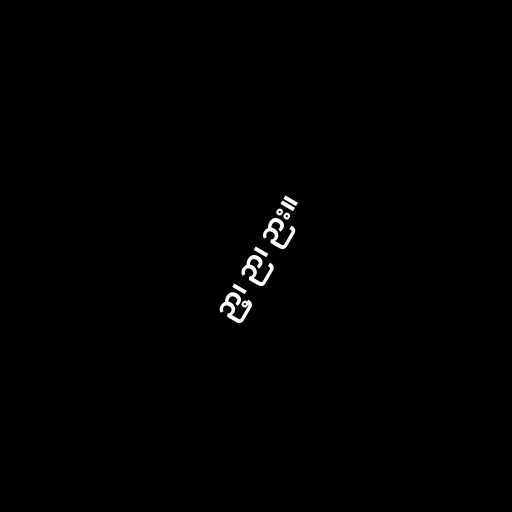
ဉာ့၊ ဉာ၊ ဉား။